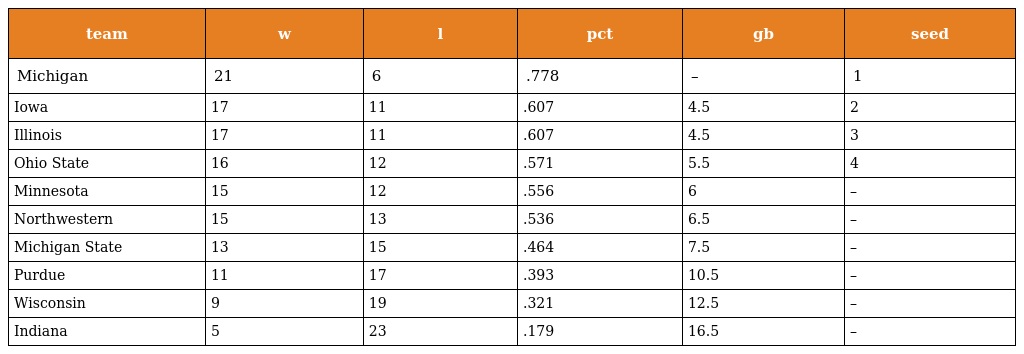
| team | w | l | pct | gb | seed |
 | --- | --- | --- | --- | --- | --- |
 | Michigan | 21 | 6 | .778 | – | 1 |
 | Iowa | 17 | 11 | .607 | 4.5 | 2 |
 | Illinois | 17 | 11 | .607 | 4.5 | 3 |
 | Ohio State | 16 | 12 | .571 | 5.5 | 4 |
 | Minnesota | 15 | 12 | .556 | 6 | – |
 | Northwestern | 15 | 13 | .536 | 6.5 | – |
 | Michigan State | 13 | 15 | .464 | 7.5 | – |
 | Purdue | 11 | 17 | .393 | 10.5 | – |
 | Wisconsin | 9 | 19 | .321 | 12.5 | – |
 | Indiana | 5 | 23 | .179 | 16.5 | – |